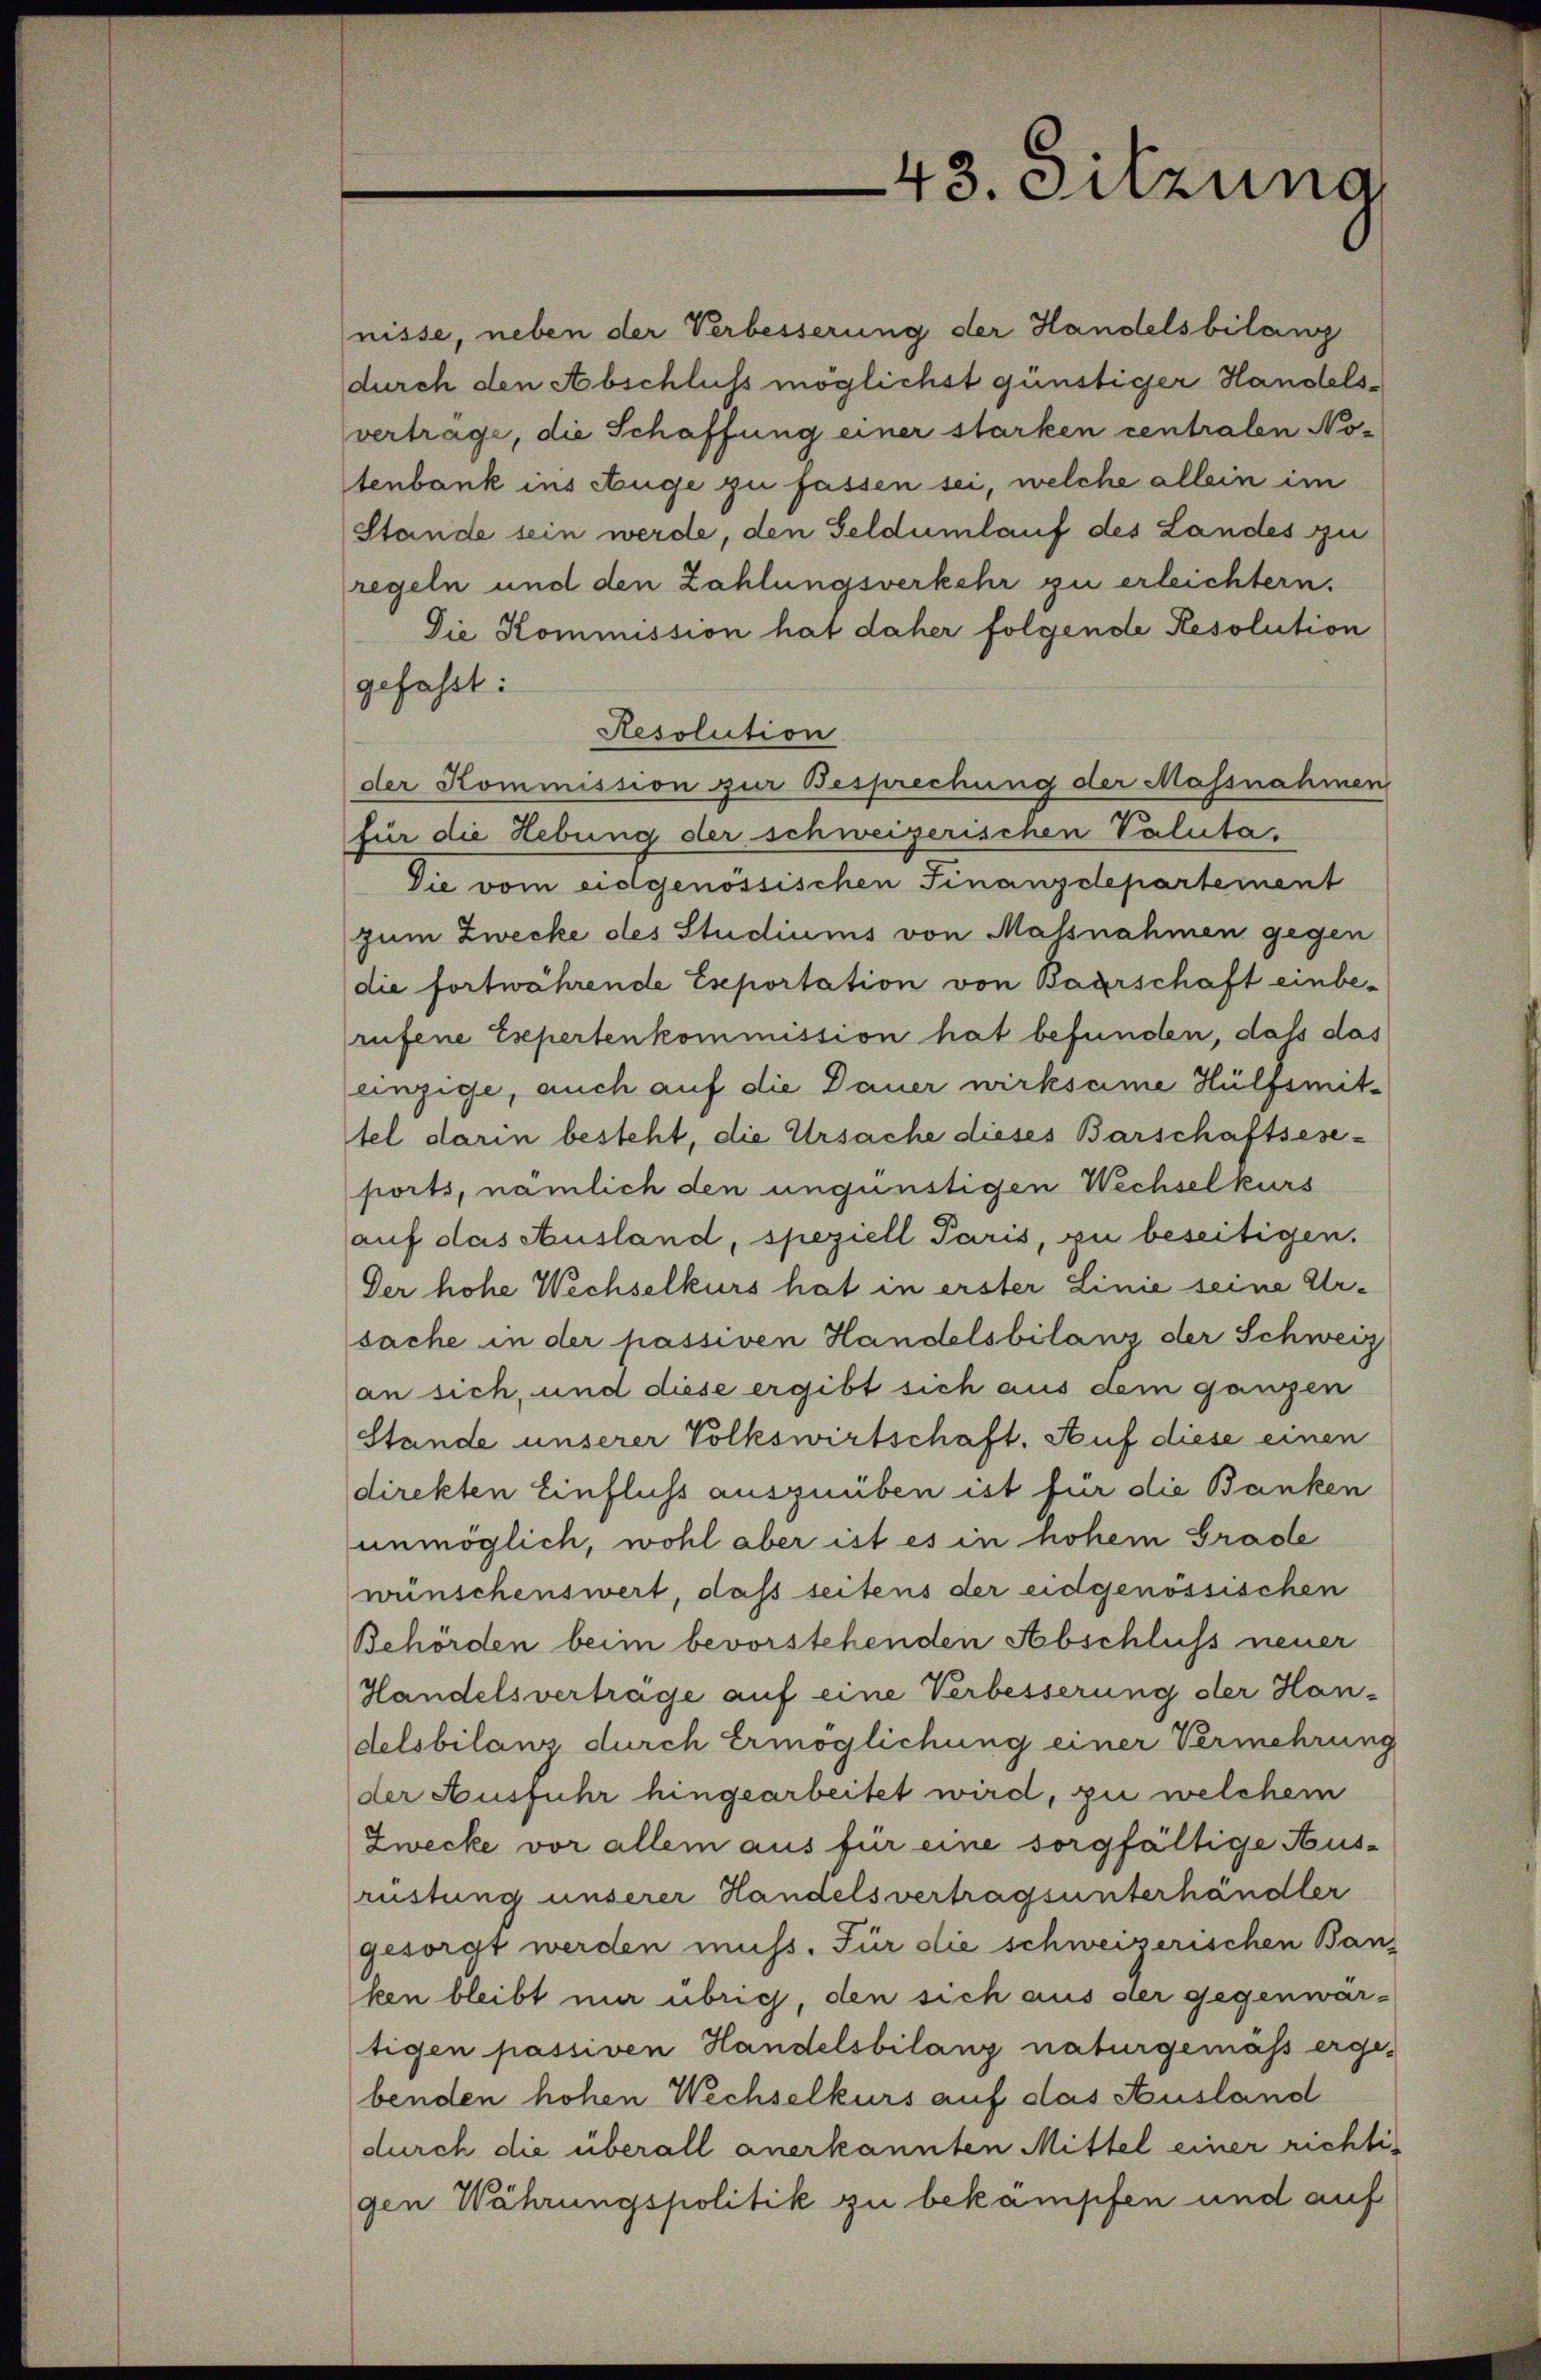
nisse, neben der Verbesserung der Handelsbilang
durch den Abschluss möglichst günstiger Handelsvertrage, die Schaffung einer starken centralen Notenbank ins Auge zu fassen sei, welche allein im
Stande sein werde, den Geldumlauf des Landes zu
regeln und den Zahlungsverkehr zu erleichtern.
Die Kommission hat daher folgende Resolution
gefasst:
Resolution
der Kommission zur Besprechung der Massnahmen
für die Hebung der schweizerischen Paluta.
Sie vom eidgenössischen Finanzdepartement
zum Zwecke des Studiums von Massnahmen gegen
die fortwährende Eseportation von Baarschaft einberufene Expertenkommission hat befunden, dass das
einzige, auch auf die Dauer wirksame Hülfsmittel darin besteht, die Ursache dieses Barschaftsese-
ports, nämlich den ungünstigen Wechselkurs
auf das Ausland, speziell Paris, zu beseitigen.
Der hohe Wechselkurs hat in erster Linie seine Ursache in der passiven Handelsbilanz der Schweiz
an sich, und diese ergibt sich aus dem ganzen
Stande unserer Volkswirtschaft. Auf diese einen
direkten Einfluss auszuüben ist für die Banken
unmöglich, wohl aber ist es in hohem Grade
wünschenswert, daß seitens der eidgenössischen
Behörden beim bevorstehenden Abschluss neuer
Handelsverträge auf eine Verbesserung der Han-
delsbilanz durch Ermöglichung einer Vermehrung
der Ausfuhr hingearbeitet wird, zu welchem
Zwecke vor allem aus für eine sorgfältige Ausrüstung unserer Handelsvertragsunterhändler
gesorgt werden muss. Für die schweizerischen Ban
ken bleibt mir übrig, den sich aus der gegenwar-
tigen passiven Handelsbilanz naturgemäss erge-
benden hohen Wechselkurs auf das Ausland
durch die überall anerkannten Mittel einer richtigen Währungspolitik zu bekämpfen und auf

43. Sitzung